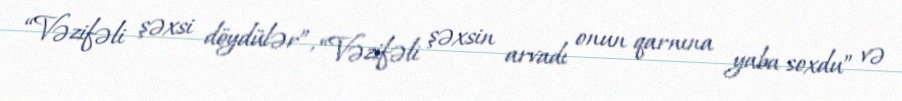
“Vəzifəli şəxsi döydülər”, “Vəzifəli şəxsin arvadı onun qarnına yaba soxdu” və